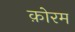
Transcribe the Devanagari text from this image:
क़ोरम